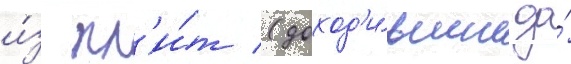
и́з пл'и́т (доход'и́вшие до́